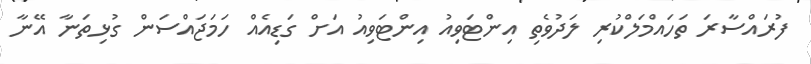
ފުރައްސާރަ ތަހައްމަލްކުރި ލަދުވެތި އިންޓަވިއު އިންޓަވިއު އަށް ގަޑިއެއް ހަމަޖައްސަން ގުޅިތަނާ އޭނާ